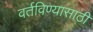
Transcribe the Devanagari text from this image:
वर्तविण्यासाठी